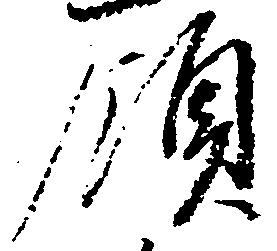
領